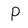
Character: P